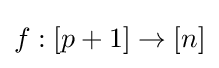
f:\lbrack p+1\rbrack \to \lbrack n\rbrack